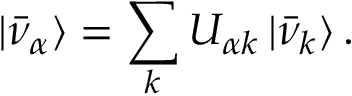
| \bar { \nu } _ { \alpha } \rangle = \sum _ { k } U _ { \alpha k } \, | \bar { \nu } _ { k } \rangle \, .